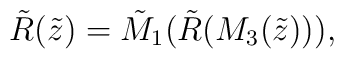
{\tilde R}( {\tilde z}) = {\tilde M}_1 ({\tilde R} (M_3 ({\tilde z}))),